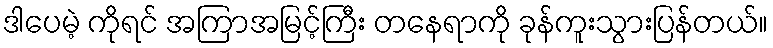
ဒါပေမဲ့ ကိုရင် အကြာအမြင့်ကြီး တနေရာကို ခုန်ကူးသွားပြန်တယ်။